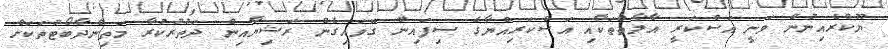
ޔޫކްރެއިނުން ވަނީ އަސްކަރީ އާލާތްތަކާއި އަސްކަރިއްޔާގެ ސިފައިން ގޮވައިގެން ރަޝިޔާއިން ދަތުރުކުރާ މަތިންދާބޯޓުތަކަށް